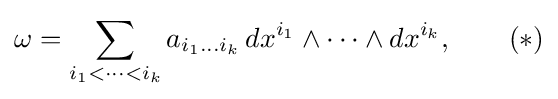
\omega =\sum _{i_{1}<\cdots <i_{k}}a_{i_{1}\ldots i_{k}}\,dx^{i_{1}}\wedge \cdots \wedge dx^{i_{k}},\qquad (*)